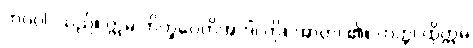
ဘဂဝါ၊ သည်။ ဣဓ ဘိက္ခဝေတိအာဒိံ၊ ကို။ အာဟ၊ ၏။ တတ္ထ၊ ထိုဣဓ